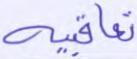
تعاقبية